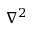
\nabla ^ { 2 }